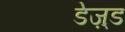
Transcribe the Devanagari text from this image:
डेज़्ड